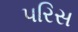
પરિસ